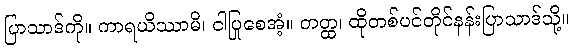
ပြာသာဒ်ကို။ ကာရယိဿာမိ၊ ငါပြုစေအံ့။ တတ္ထ၊ ထိုတစ်ပင်တိုင်နန်းပြာသာဒ်သို့။